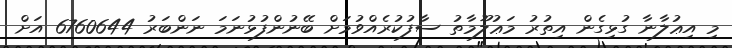
މި އިޢުލާނާ ގުޅިގެން އިތުރު މަޢުލޫމާތު ސާފުކުރެއްވުމަށް ބޭނުންފުޅުނަމަ ނަންބަރު 6760644 އަށް